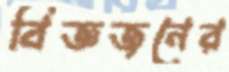
বিজ্ঞজনের